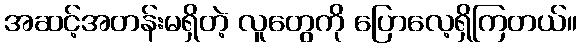
အဆင့်အတန်းမရှိတဲ့ လူတွေကို ပြောလေ့ရှိကြတယ်။